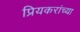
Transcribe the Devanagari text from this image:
प्रियकरांच्या